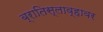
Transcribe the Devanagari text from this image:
ब्रातिस्लाव्हावर